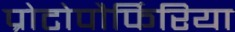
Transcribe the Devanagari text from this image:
प्रोटोपौर्फिरिया